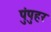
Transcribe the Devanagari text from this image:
पुंपुहर